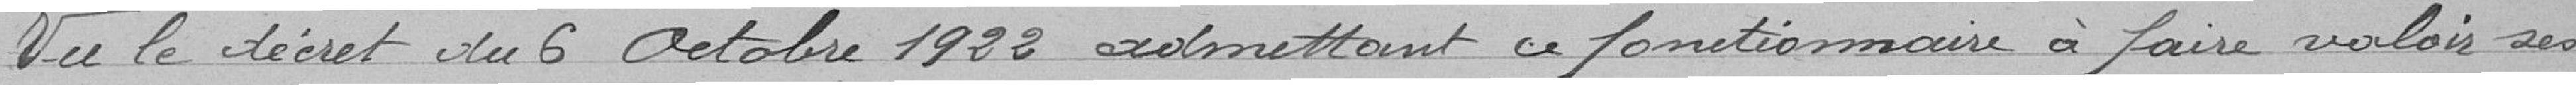
Vu le décret du 6 Octobre 1922 admettant ce fonctionnaire à faire valoir ses